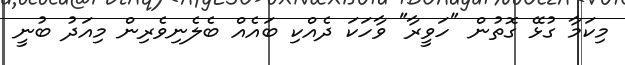
މިކަމާ ގުޅޭ ގޮތުން "ހަވީރާ" ވާހަކަ ދެއްކި ބައެއް ބެލެނިވެރިން މިއަދު ބުނީ